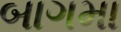
બાગમા